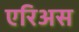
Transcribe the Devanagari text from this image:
एरिअस